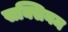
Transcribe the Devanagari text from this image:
सक्सिनम